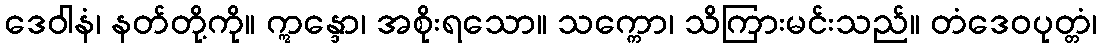
ဒေဝါနံ၊ နတ်တို့ကို။ ဣန္ဒော၊ အစိုးရသော။ သက္ကော၊ သိကြားမင်းသည်။ တံဒေဝပုတ္တံ၊